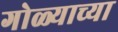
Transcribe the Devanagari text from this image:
गोळ्याच्या